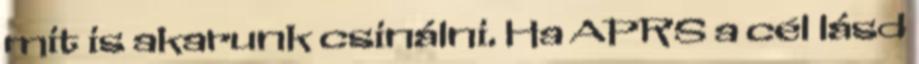
mit is akarunk csinálni. Ha APRS a cél lásd